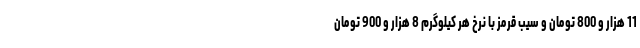
11 هزار و 800 تومان و سیب قرمز با نرخ هر کیلوگرم 8 هزار و 900 تومان